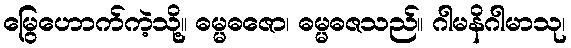
မြွေဟောက်ကဲ့သို့။ ဓမ္မဓဇော၊ ဓမ္မဓဇသည်။ ဂါမနိဂါမာသု၊